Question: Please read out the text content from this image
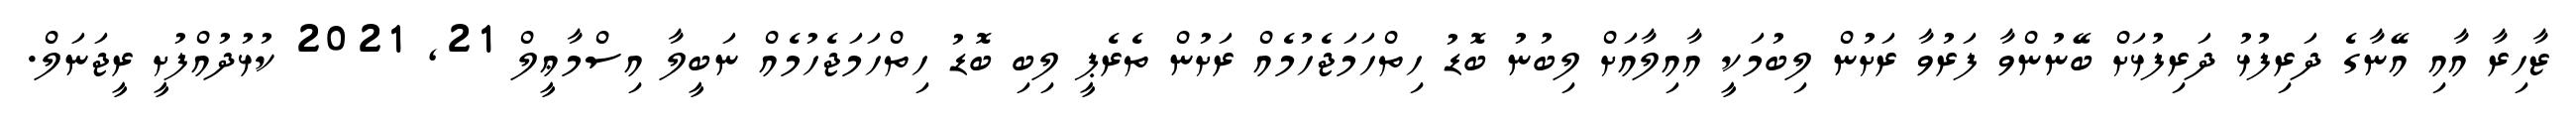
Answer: ޒާހިރާ އާއި އޭނާގެ ދަރިފުޅު ދަރިފުޅަށް ބޭނުންވާ ފަރުވާ ރަށުން ލިބުމަކީ އާއިލާއަށް ލިބުނު ބޮޑު ހިތްހަމަޖެހުމެއް ރަށުން ތެރެޕީ ލިބި ބޮޑު ހިތްހަމަޖެހުމެއް ނަބީލާ އިސްމާޢީލް 21, 2021 ކުޅުދުއްފުށީ ރީޖަނަލް.